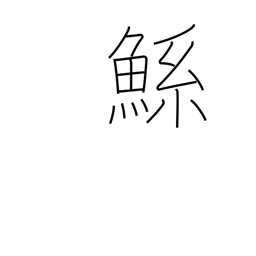
Meaning: large mythical fish